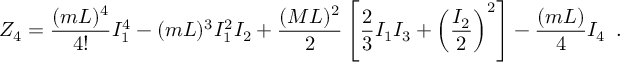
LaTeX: Z _ { 4 } = \frac { ( m L ) ^ { 4 } } { 4 ! } I _ { 1 } ^ { 4 } - ( m L ) ^ { 3 } I _ { 1 } ^ { 2 } I _ { 2 } + \frac { ( M L ) ^ { 2 } } { 2 } \left[ \frac { 2 } { 3 } I _ { 1 } I _ { 3 } + \left( \frac { I _ { 2 } } { 2 } \right) ^ { 2 } \right] - \frac { ( m L ) } { 4 } I _ { 4 } \, \, \, .